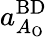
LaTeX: a_{A_{\mathrm{O}}}^{\mathrm{BD}}